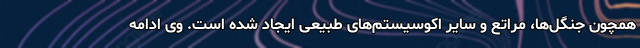
همچون جنگل‌ها، مراتع و سایر اکوسیستم‌های طبیعی ایجاد شده است. وی ادامه